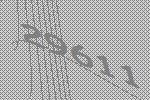
29611